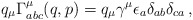
\begin{align*}q_\mu \Gamma^\mu_{abc}(q,p) = q_\mu \gamma^\mu \epsilon_a \delta_{ab} \delta_{ca}\, ,\end{align*}